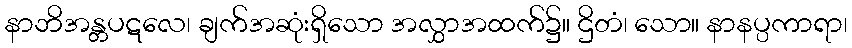
နာဘိအန္တပဋလေ၊ ချက်အဆုံးရှိသော အလွှာအထက်၌။ ဌိတံ၊ သော။ နာနပ္ပကာရာ၊